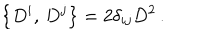
LaTeX: \left\{ D ^ { i } , \, D ^ { j } \right\} = 2 \delta _ { i j } D ^ { 2 } \, .